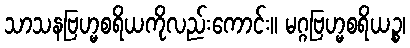
သာသနဗြဟ္မစရိယကိုလည်းကောင်း။ မဂ္ဂဗြဟ္မစရိယဉ္စ၊